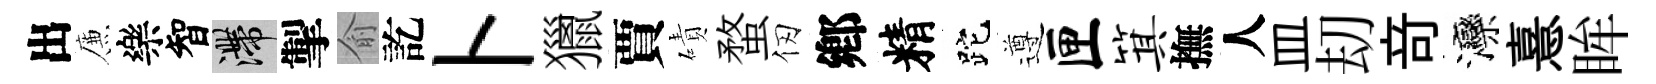
出簾樂智滯掣俞訖卜獵賈磧蝥仞鄕精跎遵匣箕撫人皿刧竒灤憙眸